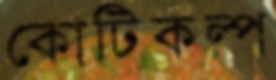
কোটিকল্প